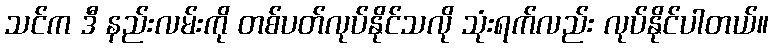
သင်က ဒီ နည်းလမ်းကို တစ်ပတ်လုပ်နိုင်သလို သုံးရက်လည်း လုပ်နိုင်ပါတယ်။